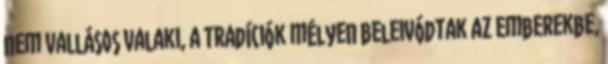
nem vallásos valaki, a tradíciók mélyen beleivódtak az emberekbe,